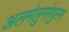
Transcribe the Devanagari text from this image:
अलमेलुमंगपुरम